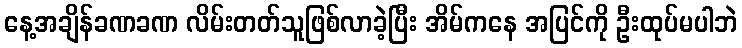
နေ့အချိန်ခဏခဏ လိမ်းတတ်သူဖြစ်လာခဲ့ပြီး အိမ်ကနေ အပြင်ကို ဦးထုပ်မပါဘဲ